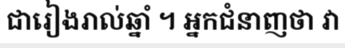
ជារៀងរាល់ឆ្នាំ ។ អ្នកជំនាញថា វា